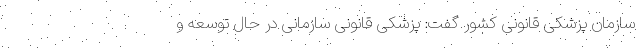
سازمان پزشکی قانونی کشور گفت: پزشکی قانونی سازمانی در حال توسعه و